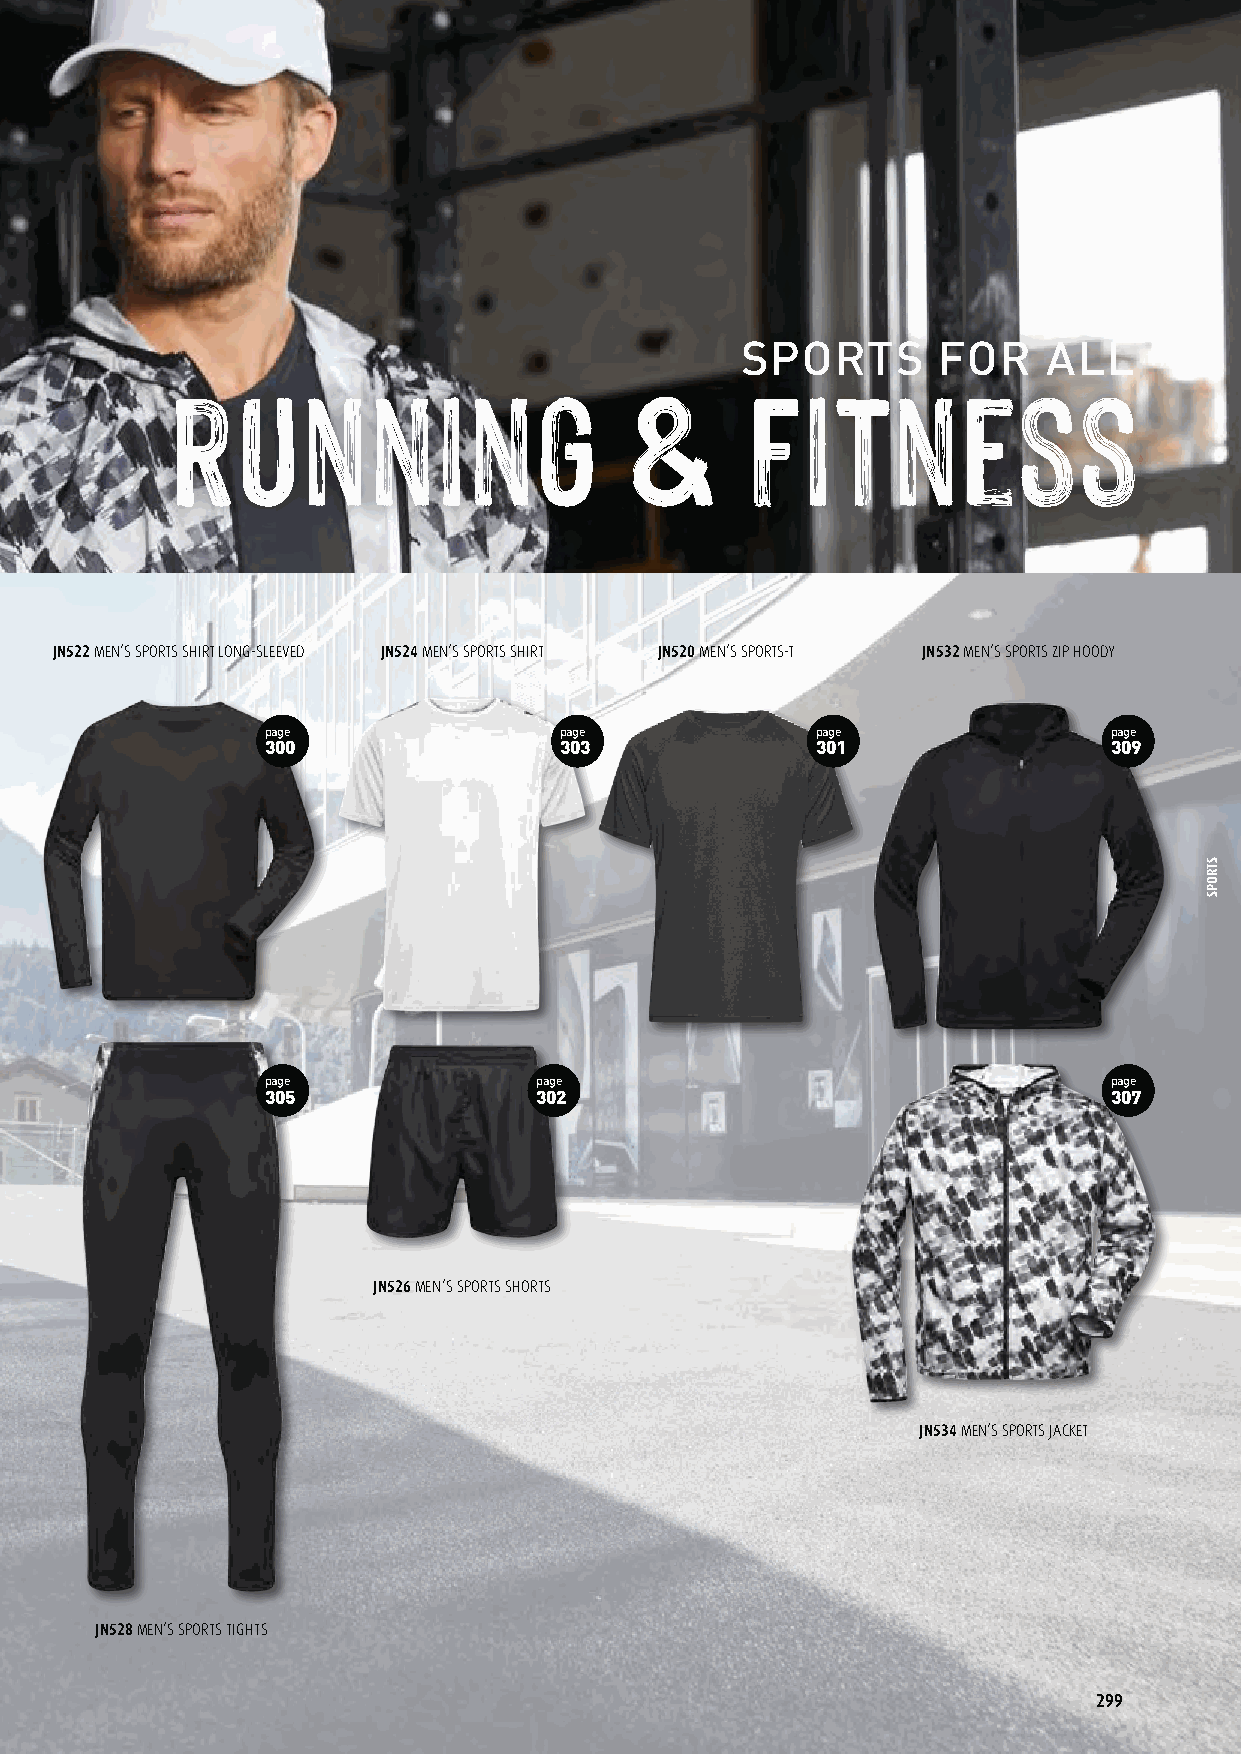
SPORTS       FOR    ALL
 JN531 LADIES‘ SPORTS ZIP HOODY JN519 LADIES‘ SPORTS-T JN523 LADIES‘ SPORTS SHIRT JN521 LADIES‘ SPORTS SHIRT LONG-SLEEVED JN522 MEN‘S SPORTS SHIRT LONG-SLEEVED JN524 MEN‘S SPORTS SHIRT JN520 MEN‘S SPORTS-T JN532 MEN‘S SPORTS ZIP HOODY
 page page page page page             page             page               page
 309 301 303 300   300                303              301                309
 page page page page page           page                                  page
 307 302 304 305   305              302                                   307
 JN525 LADIES‘ SPORTS SHORTS JN526 MEN‘S SPORTS SHORTS
 JN533 LADIES‘ SPORTS JACKET
 JN534 MEN‘S SPORTS JACKET
 JN529 LADIES‘ SPORTS 3/4 TIGHTS
 JN527 LADIES‘ SPORTS TIGHTS JN528 MEN‘S SPORTS TIGHTS
 299
 STROPS